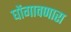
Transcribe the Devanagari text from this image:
घोंगावणारा